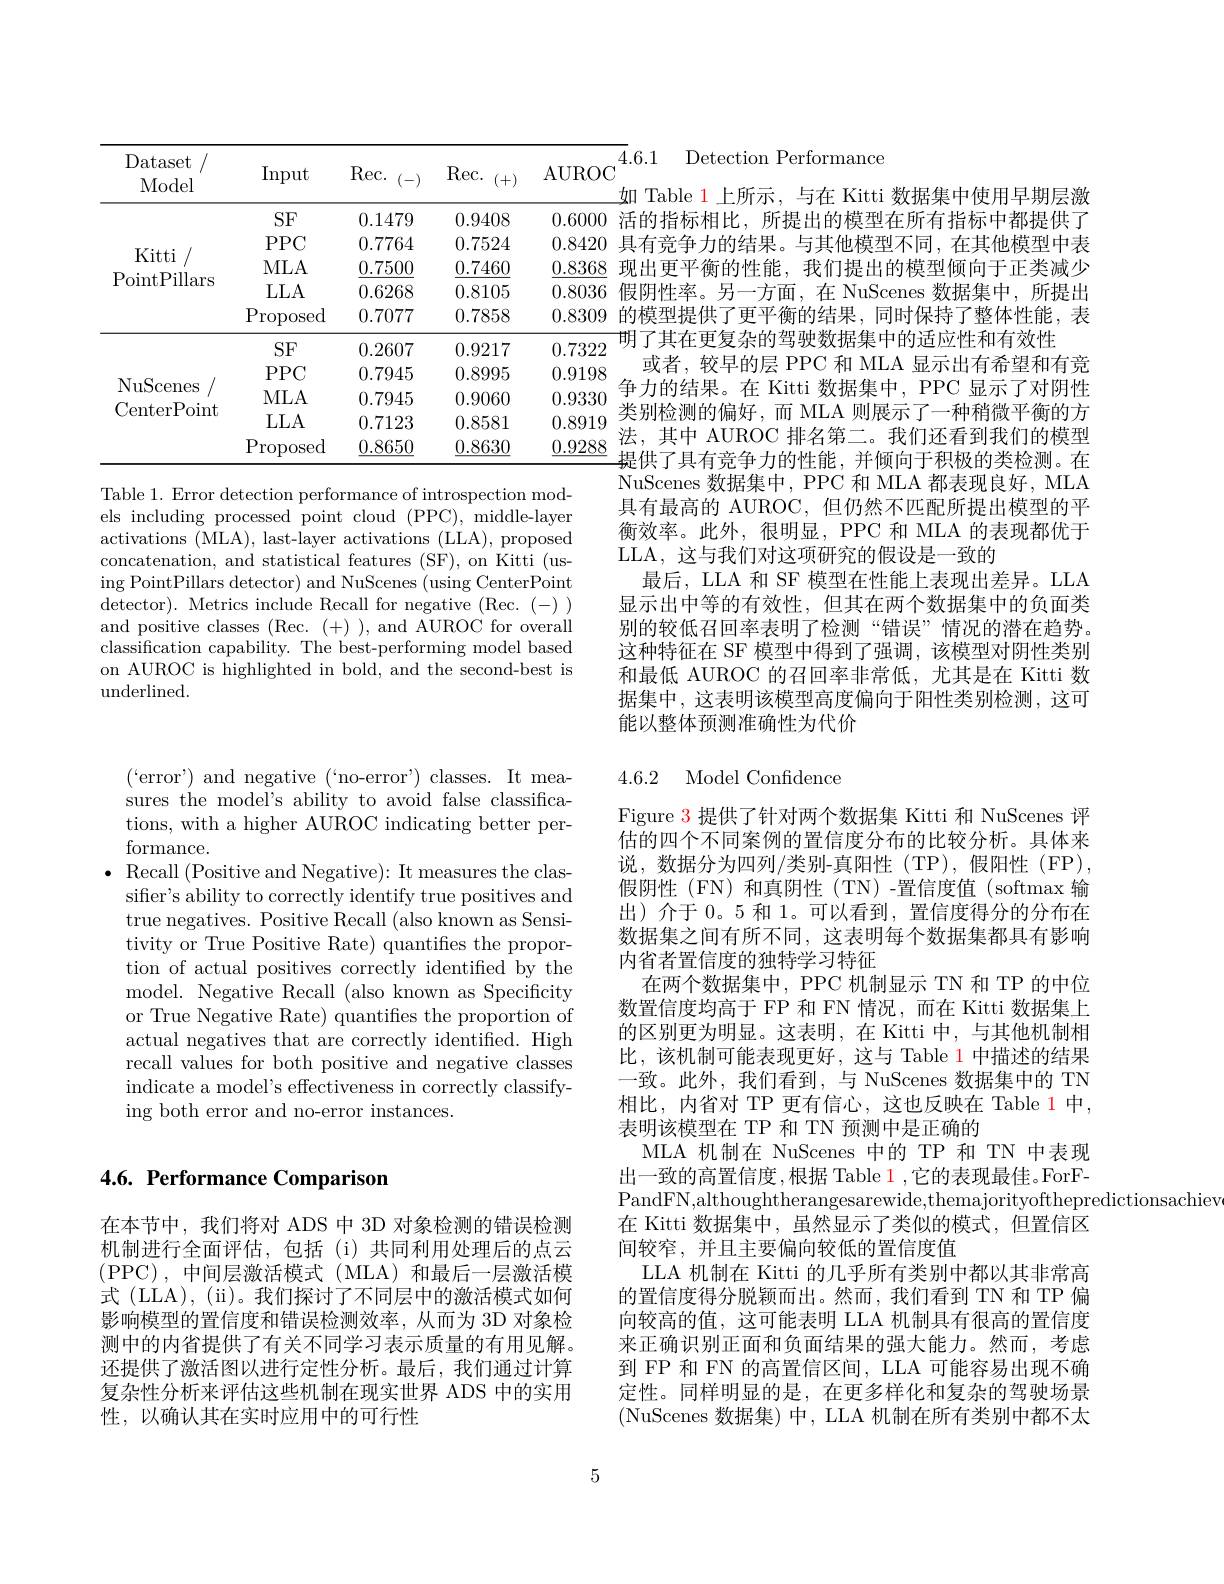
如 Table 1 上所示，与在 Kitti 数据集中使用早期层激活的指标相比，所提出的模型在所有指标中都提供了
0.8420具有竞争力的结果。与其他模型不同，在其他模型中表
3 现出更平衡的性能，我们提出的模型倾向于正类减少假阴性率。另一方面，在 NuScenes 数据集中，所提出
<table>
	<tbody>
		<tr>
			<th>Dataset Model</th>
			<th>Input</th>
			<th>Rec. (-)</th>
			<th>Rec. (+)</th>
			<th>4.6.1 AUROC 加 T 1</th>
		</tr>
		<tr>
			<td rowspan="5">Kitti PointPillars</td>
			<td>SF</td>
			<td>0.1479</td>
			<td>0.9408</td>
			<td>0.6000 活的</td>
		</tr>
		<tr>
			<td>PPC</td>
			<td>0.7764</td>
			<td>0.7524</td>
			<td>0.8420 具有</td>
		</tr>
		<tr>
			<td>MLA</td>
			<td>0.7500</td>
			<td>0.7460</td>
			<td>0.8368 现出</td>
		</tr>
		<tr>
			<td>LLA</td>
			<td>0.6268</td>
			<td>0.8105</td>
			<td>0.8036 假阴</td>
		</tr>
		<tr>
			<td>$\operatorname{Proposed}$</td>
			<td>0.7077</td>
			<td>0.7858</td>
			<td>的模 0.8309</td>
		</tr>
		<tr>
			<td> </td>
			<td>SF</td>
			<td>0.2607</td>
			<td>0.9217</td>
			<td>0.7322</td>
		</tr>
		<tr>
			<td rowspan="4">NuScenes CenterPoint</td>
			<td>PPC</td>
			<td>0.7945</td>
			<td>0.8995</td>
			<td>0.9198</td>
		</tr>
		<tr>
			<td>MLA</td>
			<td>0.7945</td>
			<td>0.9060</td>
			<td>0.9330</td>
		</tr>
		<tr>
			<td>LLA</td>
			<td>0.7123</td>
			<td>0.8581</td>
			<td>尖ガ! 0.8919</td>
		</tr>
		<tr>
			<td>Proposed</td>
			<td>0.8650</td>
			<td>0.8630</td>
			<td>0.9288</td>
		</tr>
	</tbody>
</table>
的框型提供了申半衢的结果。同时保持了憨体性能。表
明了其在更复杂的驾驶数据集中的适应性和有效性
争力的结果。在 Kitti 数据集中，PPC 显示了对阴性类别检测的偏好，而 MLA 则展示了一种稍微平衡的方法，其中 AUROC 排名第二。我们还看到我们的模型提供了具有竞争力的性能，并倾向于积极的类检测。在

或者，较早的层 PPC 和 MLA 显示出有希望和有竞NuScenes 数据集中，PPC 和 MLA 都表现良好，MLA 具有最高的 AUROC, 但仍然不匹配所提出模型的平衡效率。此外，很明显，PPC 和 MLA 的表现都优于LLA, 这与我们对这项研究的假设是一致的
最后，LLA 和 SF 模型在性能上表现出差异。LLA 显示出中等的有效性，但其在两个数据集中的负面类别的较低召回率表明了检测“错误”情况的潜在趋势。这种特征在 SF 模型中得到了强调，该模型对阴性类别和最低 AUROC 的召回率非常低，尤其是在 Kitti 数据集中，这表明该模型高度偏向于阳性类别检测，这可能以整体预测准确性为代价

Table 1. Error detection performance of introspection models including processed point cloud (PPC), middle-layer activations (MLA), last-layer activations (LLA), proposed concatenation, and statistical features (SF), on Kitti (using PointPillars detector) and NuScenes (using CenterPoint detector). Metrics include Recall for negative (Rec.(-)) and positive classes (Rec.(+)),and AUROC for overall classification capability. The best-performing model based on AUROC is highlighted in bold, and the second-best is underlined.

(`error') and negative (`no-error') classes. It measures the model's ability to avoid false classifications, with a higher AUROC indicating better performance.
$\bullet$ Recall (Positive and Negative): It measures the clas-
sifer's ability to correctly identify true positives and true negatives. Positive Recall (also known as Sensitivity or True Positive Rate) quantifies the proportion of actual positives correctly identified by the model. Negative Recall (also known as Specificity or True Negative Rate) quantifies the proportion of actual negatives that are correctly identified. High recall values for both positive and negative classes indicate a model's effectiveness in correctly classifying both error and no-error instances.

## 4.6. Performance Comparison

在本节中，我们将对 ADS 中 3D 对象检测的错误检测机制进行全面评估，包括(i)共同利用处理后的点云(PPC),中间层激活模式(MLA)和最后一层激活模式 (LLA), (ii)。我们探讨了不同层中的激活模式如何影响模型的置信度和错误检测效率，从而为 3D 对象检测中的内省提供了有关不同学习表示质量的有用见解。还提供了激活图以进行定性分析。最后，我们通过计算复杂性分析来评估这些机制在现实世界 ADS 中的实用性，以确认其在实时应用中的可行性

Detection Performance

4.6.2 Model Confidence

Figure 3 提供了针对两个数据集 Kitti 和 NuScenes 评估的四个不同案例的置信度分布的比较分析。具体来说，数据分为四列/类别-真阳性(TP),假阳性(FP), 假阴性 (FN) 和真阴性 (TN) -置信度值 (softmax 输出)介于0。5 和 1。可以看到，置信度得分的分布在数据集之间有所不同，这表明每个数据集都具有影响内省者置信度的独特学习特征
在两个数据集中，PPC 机制显示 TN 和 TP 的中位数置信度均高于 FP 和 FN 情况，而在 Kitti 数据集上的区别更为明显。这表明，在 Kitti 中，与其他机制相比，该机制可能表现更好，这与 Table 1 中描述的结果一致。此外，我们看到，与 NuScenes 数据集中的 TN 相比，内省对 TP 更有信心，这也反映在 Table 1 中， 表明该模型在 TP 和 TN 预测中是正确的
MLA 机制在 NuScenes 中的 TP 和 TN 中表现出一致的高置信度，根据 Table 1 ,它的表现最佳。ForFPandFN,althoughtherangesarewide,themajorityofthepredictionsachiev
在 Kitti 数据集中，虽然显示了类似的模式，但置信区
间较窄，并且主要偏向较低的置信度值
LLA 机制在 Kitti 的几乎所有类别中都以其非常高的置信度得分脱颖而出。然而，我们看到 TN 和 TP 偏向较高的值，这可能表明 LLA 机制具有很高的置信度来正确识别正面和负面结果的强大能力。然而，考虑到 FP 和 FN 的高置信区间，LLA 可能容易出现不确定性。同样明显的是，在更多样化和复杂的驾驶场景(NuScenes 数据集)中，LLA 机制在所有类别中都不太

5